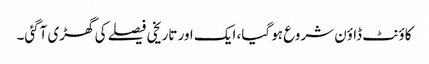
کاؤنٹ ڈاؤن شروع ہو گیا، ایک اور تاریخی فیصلے کی گھڑی آگئی۔